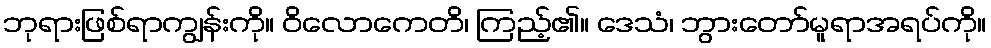
ဘုရားဖြစ်ရာကျွန်းကို။ ဝိလောကေတိ၊ ကြည့်၏။ ဒေသံ၊ ဘွားတော်မူရာအရပ်ကို။